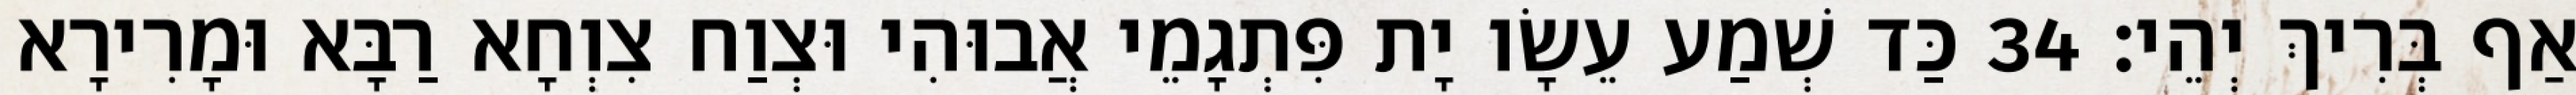
אַף בְּרִיךְ יְהֵי׃ 34 כַּד שְׁמַע עֵשָׂו יָת פִּתְגָמֵי אֲבוּהִי וּצְוַח צִוְחָא רַבָּא וּמָרִירָא